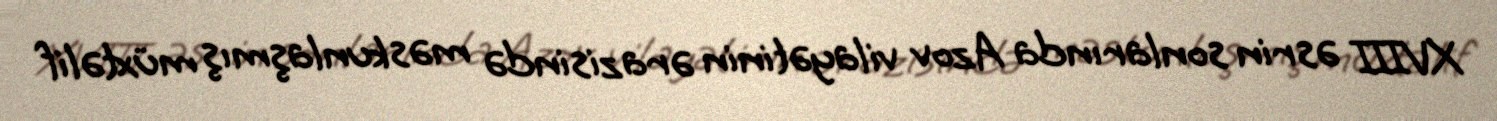
XVIII əsrin sonlarında Azov vilayətinin ərazisində məskunlaşmış müxtəlif